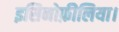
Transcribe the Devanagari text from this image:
इसिनोफ़ीलिया।